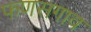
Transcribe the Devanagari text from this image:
फणसगाव